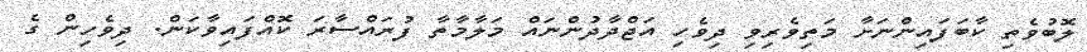
ލޮބުވެތި ކާބަފައިންނަށާ މަތިވެރިވި ދިވެހި އަޖްދާދުންނައް މަލާމާތާ ފުރައްސާރަ ކޮއްފައިވާކަން. ދިވެހިން ގެ